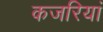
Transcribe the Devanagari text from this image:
कजरियां